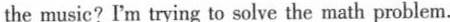
the music? I'm trying to solve the math problem.